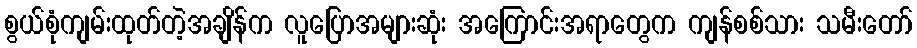
စွယ်စုံကျမ်းထုတ်တဲ့အချိန်က လူပြောအများဆုံး အကြောင်းအရာတွေက ကျန်စစ်သား သမီးတော်